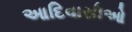
આદિવાસીઓ